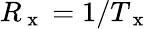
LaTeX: R_{\mathrm{~x~}}=1/T_{\mathrm{~x~}}